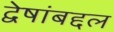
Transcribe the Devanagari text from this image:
द्वेषांबद्दल